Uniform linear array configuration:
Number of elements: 32
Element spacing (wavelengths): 1
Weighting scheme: exponential
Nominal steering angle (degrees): -45
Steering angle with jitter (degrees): -43.127
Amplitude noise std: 0.05
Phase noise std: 0.05

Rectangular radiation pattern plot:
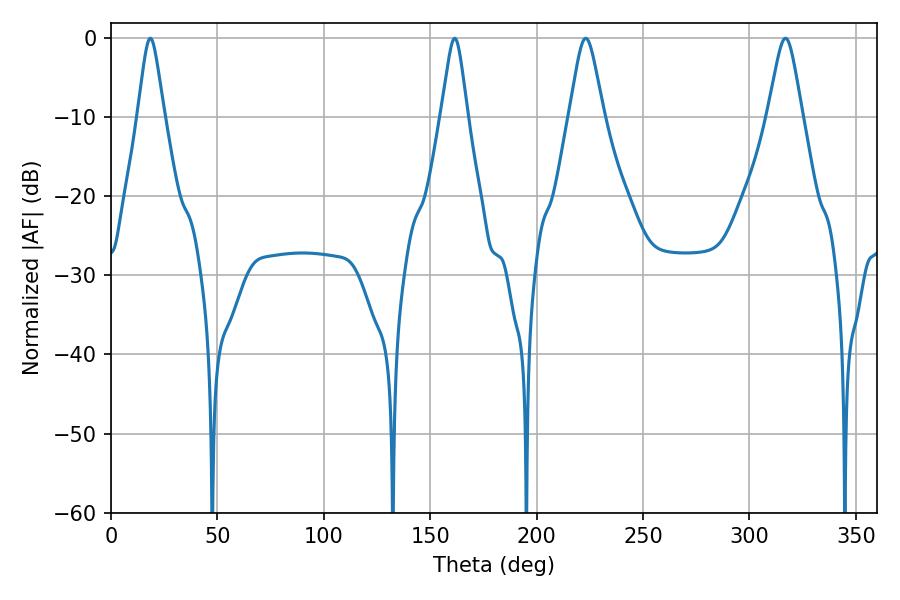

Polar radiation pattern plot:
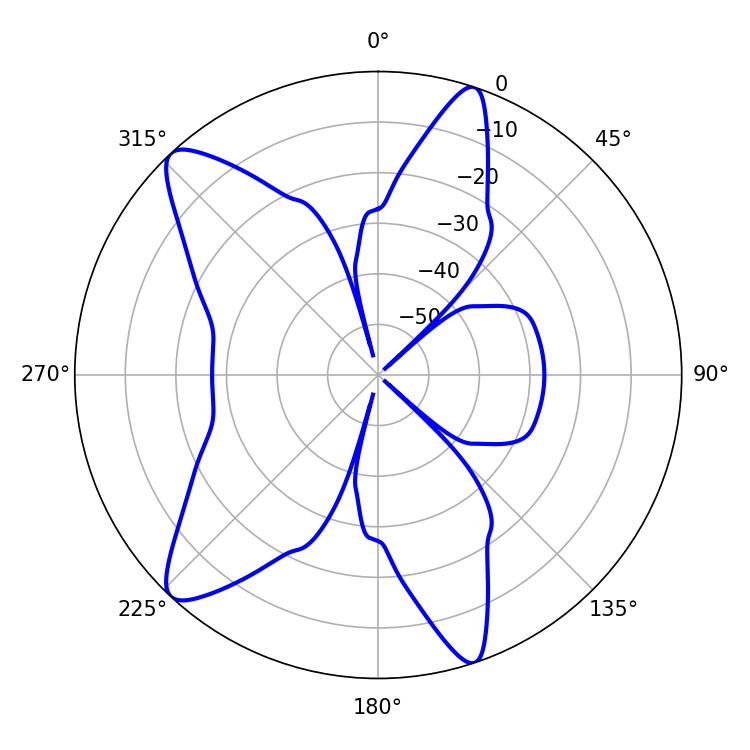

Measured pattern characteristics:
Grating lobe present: TRUE
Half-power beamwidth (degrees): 7.74
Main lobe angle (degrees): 223.02